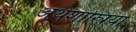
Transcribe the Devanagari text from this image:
अर्थशास्त्रियो